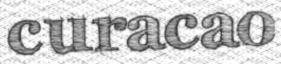
curacao